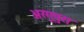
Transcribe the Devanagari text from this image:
अरगूपुरा